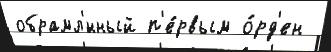
обрамл'́нный п'е́рвым о́рд'ен